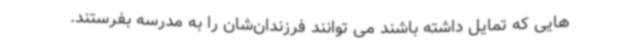
هایی که تمایل داشته باشند می توانند فرزندان‌شان را به مدرسه بفرستند.